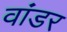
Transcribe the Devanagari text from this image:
वांडर